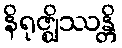
နိရုဇ္ဈိဿန္တိ